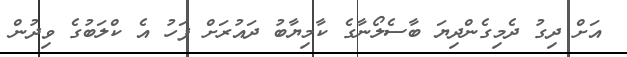
އަށް ދިގު ދެމިގެންދިޔަ ބާސެލޯނާގެ ކާމިޔާބު ދައުރަށް ފަހު އެ ކްލަބުގެ ވިދުން